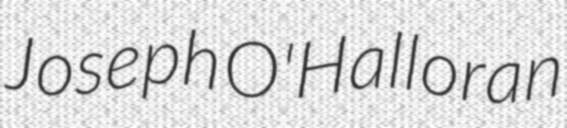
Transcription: Joseph O'Halloran